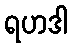
ရဟဒါ